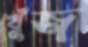
খুঁজ